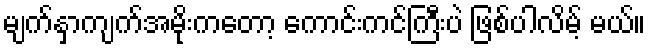
မျက်နှာကျက်အမိုးကတော့ ကောင်းကင်ကြီးပဲ ဖြစ်ပါလိမ့် မယ်။